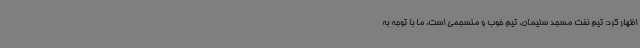
اظهار کرد: تیم نفت مسجد سلیمان، تیم خوب و منسجمی است. ما با توجه به